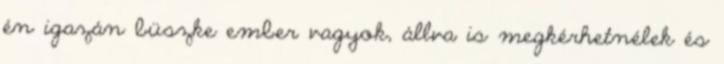
én igazán büszke ember vagyok, állva is megkérhetnélek és